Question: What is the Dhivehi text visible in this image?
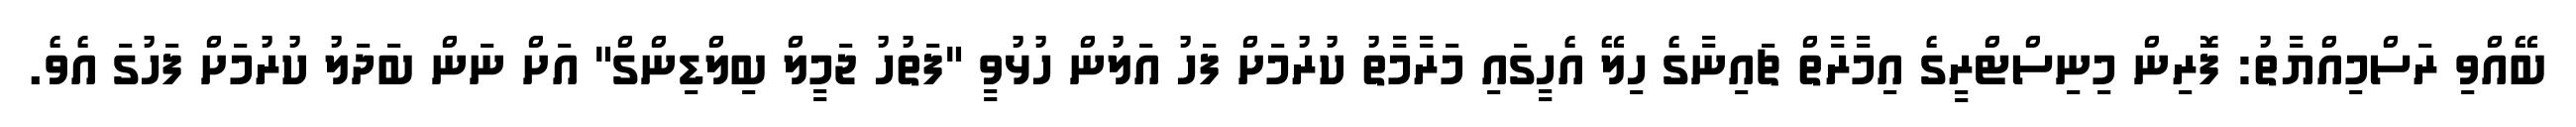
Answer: ބޭއްވި ރަސްމިއްޔާތު: ފޮރިން މިނިސްޓްރީގެ އިމާރާތް ޗައިނާގެ ހިލޭ އެހީގައި މަރާމާތު ކުރުމަށް ފަހު އަލުން ހުޅުވީ "ފަތުހު ޖަމީލް ބިލްޑިންގް" އަށް ނަން ބަދަލު ކުރުމަށް ފަހުގަ އެވެ.